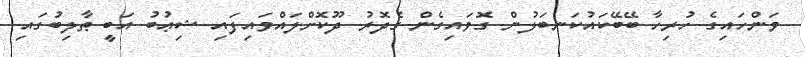
ވަންހައިގެ ހުރިހާ ބޭބޭކައުކަނބަލުން ގޮވައިގެން ގެދޮރު ދޫކޮށްލައްވައިފައި ޝިޢުބު އަބީ ޠާލިބުގައި